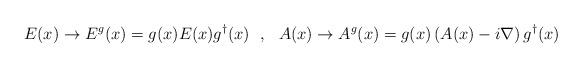
LaTeX: \begin{align*}E(x)\rightarrow E^g(x)=g(x) E(x) g^{\dagger}(x)~~,~~A(x)\rightarrow A^g(x)=g(x)\left( A(x)-i\nabla\right)g^{\dagger}(x)\end{align*}